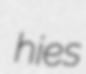
hies